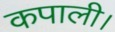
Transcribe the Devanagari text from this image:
कपाली।